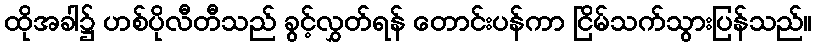
ထိုအခါ၌ ဟစ်ပိုလီတီသည် ခွင့်လွှတ်ရန် တောင်းပန်ကာ ငြိမ်သက်သွားပြန်သည်။